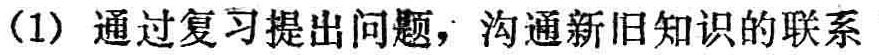
(1) 通过复习提出问题，沟通新旧知识的联系